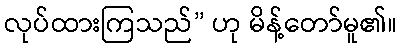
လုပ်ထားကြသည်” ဟု မိန့်တော်မူ၏။